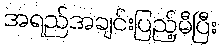
အရည်အချင်းပြည့်မီပြီး